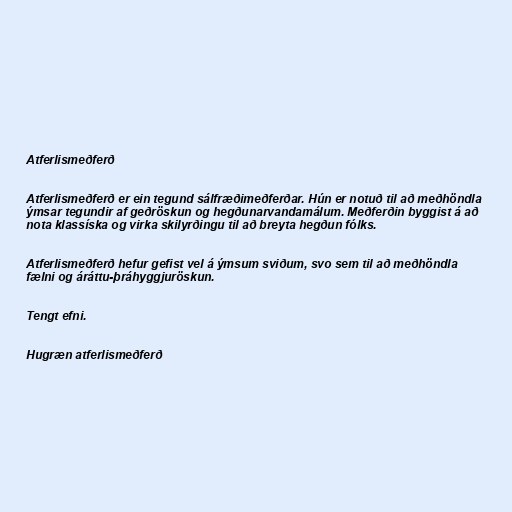
Atferlismeðferð

Atferlismeðferð er ein tegund sálfræðimeðferðar. Hún er notuð til að meðhöndla
ýmsar tegundir af geðröskun og hegðunarvandamálum. Meðferðin byggist á að
nota klassíska og virka skilyrðingu til að breyta hegðun fólks.

Atferlismeðferð hefur gefist vel á ýmsum sviðum, svo sem til að meðhöndla
fælni og áráttu-þráhyggjuröskun.

Tengt efni.

Hugræn atferlismeðferð